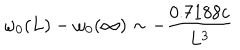
\omega _ { 0 } ( L ) - \omega _ { 0 } ( \infty ) \sim - { \frac { 0 . 7 1 8 8 c } { L ^ { 3 } } }